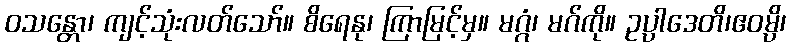
ဝသန္တော၊ ကျင့်သုံးလတ်သော်။ စိရေနု၊ ကြာမြင့်မှ။ မဂ္ဂံ၊ မဂ်ကို။ ဥပ္ပါဒေတိ၊ဧဝမ္ပိ၊